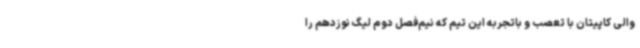
والی کاپیتان با تعصب و باتجربه این تیم که نیم‌فصل دوم لیگ نوزدهم را